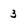
Character: 3